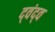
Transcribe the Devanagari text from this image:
द्‍वंद्‍व